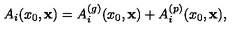
A _ { i } ( x _ { 0 } , { \bf x } ) = A _ { i } ^ { ( g ) } ( x _ { 0 } , { \bf x } ) + A _ { i } ^ { ( p ) } ( x _ { 0 } , { \bf x } ) ,